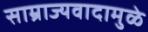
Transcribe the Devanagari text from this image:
साम्राज्यवादामुळे